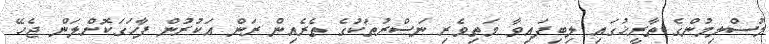
މުސްލިމުންގެ ތާރީޚުގައި ލިބިފައިވާ މަތިވެރި ނަޞްރުތަކުގެ ތެރެއިން ރަން އަކުރުން ފާހަގަކޮށްލަން ޖެހޭ